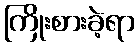
ကြိုးစားခဲ့ရာ